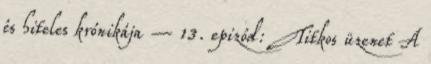
és hiteles krónikája – 13. epizód: Titkos üzenet A